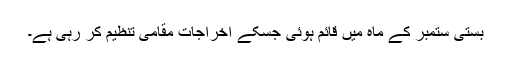
بستی ستمبر کے ماہ میں قائم ہوئی جسکے اخراجات مقامی تنظیم کر رہی ہے۔